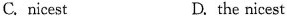
C. nicest D.the nicest